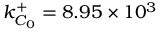
k _ { C _ { 0 } } ^ { + } = 8 . 9 5 \times 1 0 ^ { 3 }